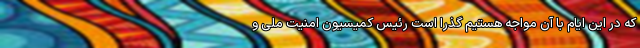
که در این ایام با آن مواجه هستیم گذرا است رئیس کمیسیون امنیت ملی و